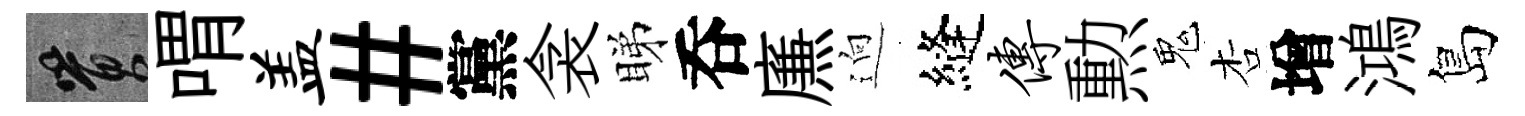
篔喟盖#黨衾睇呑㢘逈縫传勲鬼杏增鴻島